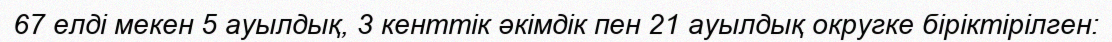
67 елді мекен 5 ауылдық, 3 кенттік әкімдік пен 21 ауылдық округке біріктірілген: